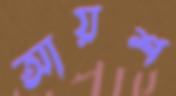
আয়শ